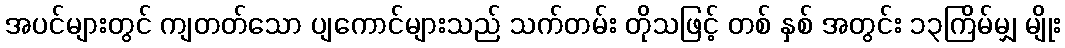
အပင်များတွင် ကျတတ်သော ပျကောင်များသည် သက်တမ်း တိုသဖြင့် တစ် နှစ် အတွင်း ၁၃ကြိမ်မျှ မျိုး